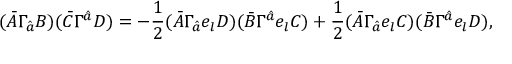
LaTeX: ( \bar { A } \Gamma _ { \hat { a } } B ) ( \bar { C } \Gamma ^ { \hat { a } } D ) = - \frac { 1 } { 2 } ( \bar { A } \Gamma _ { \hat { a } } e _ { l } D ) ( \bar { B } \Gamma ^ { \hat { a } } e _ { l } C ) + \frac { 1 } { 2 } ( \bar { A } \Gamma _ { \hat { a } } e _ { l } C ) ( \bar { B } \Gamma ^ { \hat { a } } e _ { l } D ) ,